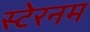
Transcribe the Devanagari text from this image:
स्टेरनम